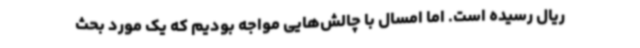
ریال رسیده است. اما امسال با چالش‌هایی مواجه بودیم که یک مورد بحث